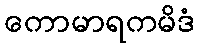
ကောမာရကမိဒံ